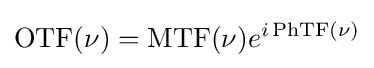
\mathrm {OTF} (\nu )=\mathrm {MTF} (\nu )e^{i\,\mathrm {PhTF} (\nu )}